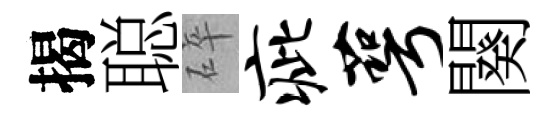
揭聪碎疵萼闋